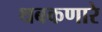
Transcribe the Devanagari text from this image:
थबकणारे